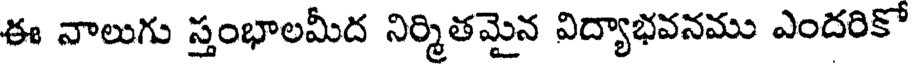
ఈ నాలుగు స్తంభాలమీద నిర్మితమైన విద్యాభవనము ఎందరికో